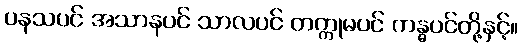
ပနသပင် အသာနပင် သာလပင် တက္ကုမပင် ကန္ဓပင်တို့နှင့်။